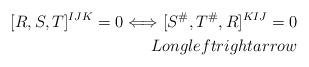
LaTeX: \begin{align*}[R,S,T]^{IJK}=0\Longleftrightarrow [S^{\#},T^{\#},R]^{KIJ}=0\\Longleftrightarrow\end{align*}